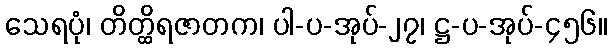
သေရပုံ၊ တိတ္ထိရဇာတက၊ ပါ-ပ-အုပ်-၂၇၊ ဋ္ဌ-ပ-အုပ်-၄၅၆။